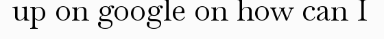
up on google on how can I